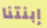
إبنتنا